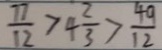
\frac { 7 7 } { 1 2 } > 4 \frac { 2 } { 3 } > \frac { 4 0 } { 1 2 }